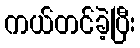
ကယ်တင်ခဲ့ပြီး